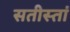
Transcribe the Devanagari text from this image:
सतीस्तां